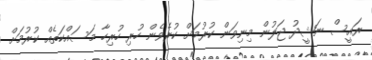
ރައީސް ނަޝީދު ޖަލުން މިނިވަން ކުރުމަށް ކުރެވެން ހުރި ހުރިހާ މަސައްކަތެއް ކުރުމަށް